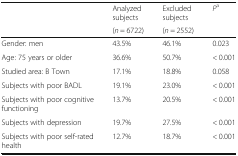
<table><thead><tr><td rowspan="2"></td><td><b>Analyzed subjects</b></td><td><b>Excluded subjects</b></td><td rowspan="2"><b><i>P</i><sup>a</sup></b></td></tr><tr><td><b>(<i>n</i> = 6722)</b></td><td><b>(<i>n</i> = 2552)</b></td></tr></thead><tbody><tr><td>Gender: men</td><td>43.5%</td><td>46.1%</td><td>0.023</td></tr><tr><td>Age: 75 years or older</td><td>36.6%</td><td>50.7%</td><td>&lt; 0.001</td></tr><tr><td>Studied area: B Town</td><td>17.1%</td><td>18.8%</td><td>0.058</td></tr><tr><td>Subjects with poor BADL</td><td>19.1%</td><td>23.0%</td><td>&lt; 0.001</td></tr><tr><td>Subjects with poor cognitive functioning</td><td>13.7%</td><td>20.5%</td><td>&lt; 0.001</td></tr><tr><td>Subjects with depression</td><td>19.7%</td><td>27.5%</td><td>&lt; 0.001</td></tr><tr><td>Subjects with poor self-rated health</td><td>12.7%</td><td>18.7%</td><td>&lt; 0.001</td></tr></tbody></table>